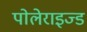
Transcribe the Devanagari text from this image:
पोलेराइज्ड